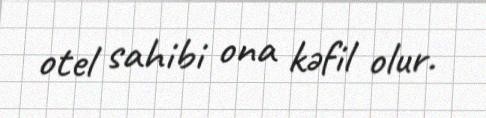
otel sahibi ona kəfil olur.